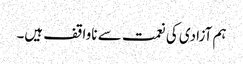
ہم آزادی کی نعمت سے ناواقف ہیں۔